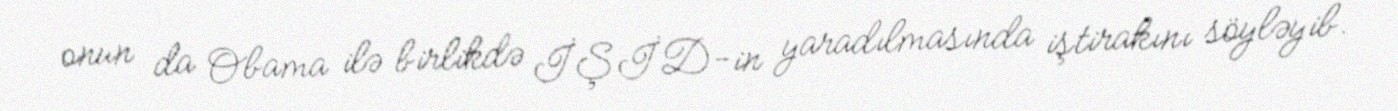
onun da Obama ilə birlikdə İŞİD-in yaradılmasında iştirakını söyləyib.